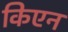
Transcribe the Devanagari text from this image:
किएन